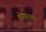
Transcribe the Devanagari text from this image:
होणाराणा